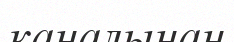
каналынан